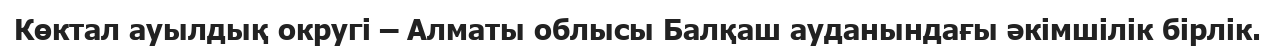
Көктал ауылдық округі – Алматы облысы Балқаш ауданындағы әкімшілік бірлік.